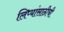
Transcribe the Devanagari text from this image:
लिप्यांसाठीची